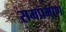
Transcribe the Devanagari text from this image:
समप्रमाण